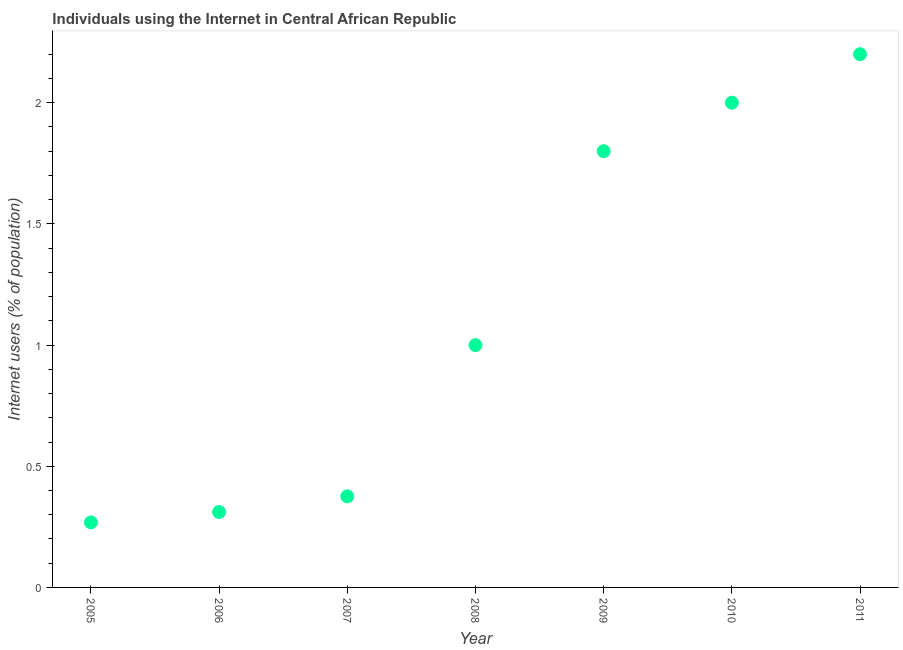
| Year | Internet users |
 | --- | --- |
 | 2005 | 0.268 |
 | 2006 | 0.311 |
 | 2007 | 0.376 |
 | 2008 | 1 |
 | 2009 | 1.8 |
 | 2010 | 2 |
 | 2011 | 2.2 |